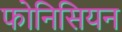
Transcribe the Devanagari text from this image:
फोनिसियन